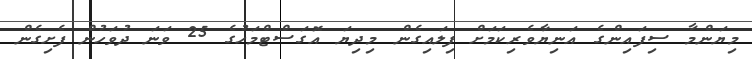
މިޔަންމާ ސިފައިންގެ އަނިޔާވެރިކަމަށް ފިލައިގެން މިދިޔަ އޮގަސްޓްމަހުގެ 25 ވަނަ ދުވަހުން ފެށިގެން